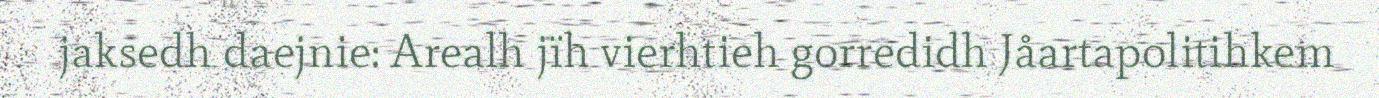
jaksedh daejnie: Arealh jïh vierhtieh gorredidh Jåartapolitihkem